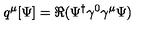
q ^ { \mu } [ \Psi ] = \Re ( \Psi ^ { \dagger } \gamma ^ { 0 } \gamma ^ { \mu } \Psi )